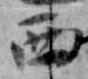
西